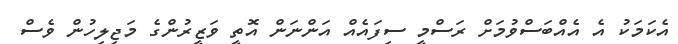
އެކަމަކު އެ އެއްބަސްވުމަށް ރަސްމީ ސިފައެއް އަންނަން އޮތީ ވަޒީރުންގެ މަޖިލިހުން ވެސް